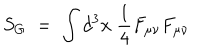
LaTeX: S _ { G } \; = \; \int d ^ { 3 } x \; \frac { 1 } { 4 } F _ { \mu \nu } F _ { \mu \nu }